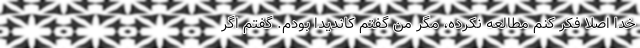
خدا اصلاً فکر کنم مطالعه نکرده، مگر من گفتم کاندیدا بودم. گفتم اگر